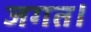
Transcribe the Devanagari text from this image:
जगत।